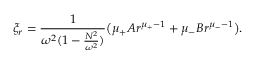
\xi _ { r } = \frac { 1 } { \omega ^ { 2 } ( 1 - \frac { N ^ { 2 } } { \omega ^ { 2 } } ) } \big ( \mu _ { + } A r ^ { \mu _ { + } - 1 } + \mu _ { - } B r ^ { \mu _ { - } - 1 } \big ) .